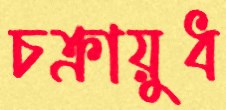
চক্রায়ুধ